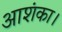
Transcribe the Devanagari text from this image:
आशंका।